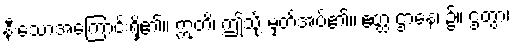
နီးသောအကြောင်းရှိ၏။ ဣတိ၊ ဤသို့ မှတ်အပ်၏။ ဧတ္ထ ဌာနေ၊ ၌။ ဌတွာ၊